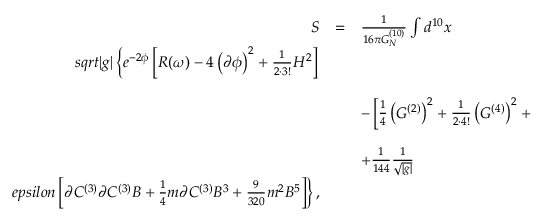
\begin{array} { r c l } { { S } } & { { = } } & { { \frac { 1 } { 1 6 \pi G _ { N } ^ { ( 1 0 ) } } \int d ^ { 1 0 } x } } \\ { { s q r t { | g | } \left\{ e ^ { - 2 \phi } \left[ R ( \omega ) - 4 \left( \partial \phi \right) ^ { 2 } + { \textstyle \frac { 1 } { 2 \cdot 3 ! } } H ^ { 2 } \right] \right. } } \\ { { } } & { { } } & { { } } \\ { { } } & { { } } & { { - \left[ { \textstyle \frac { 1 } { 4 } } \left( G ^ { ( 2 ) } \right) ^ { 2 } + { \textstyle \frac { 1 } { 2 \cdot 4 ! } } \left( G ^ { ( 4 ) } \right) ^ { 2 } + { \textstyle \frac { 1 } { 8 } } m ^ { 2 } \right] } } \\ { { } } & { { } } & { { } } \\ { { } } & { { } } & { { + { \textstyle \frac { 1 } { 1 4 4 } } \frac { 1 } { \sqrt { | g | } } } } \\ { { e p s i l o n \left[ \partial C ^ { ( 3 ) } \partial C ^ { ( 3 ) } B + { \textstyle \frac { 1 } { 4 } } m \partial C ^ { ( 3 ) } B ^ { 3 } + { \textstyle \frac { 9 } { 3 2 0 } } m ^ { 2 } B ^ { 5 } \right] \biggr \} \, , } } \end{array}